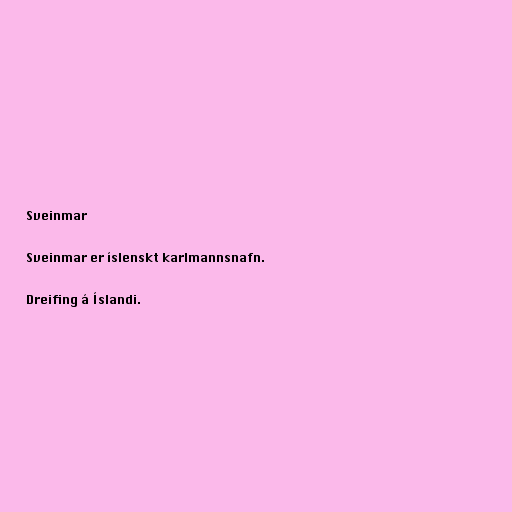
Sveinmar

Sveinmar er íslenskt karlmannsnafn.

Dreifing á Íslandi.